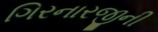
ગિરનારજીની